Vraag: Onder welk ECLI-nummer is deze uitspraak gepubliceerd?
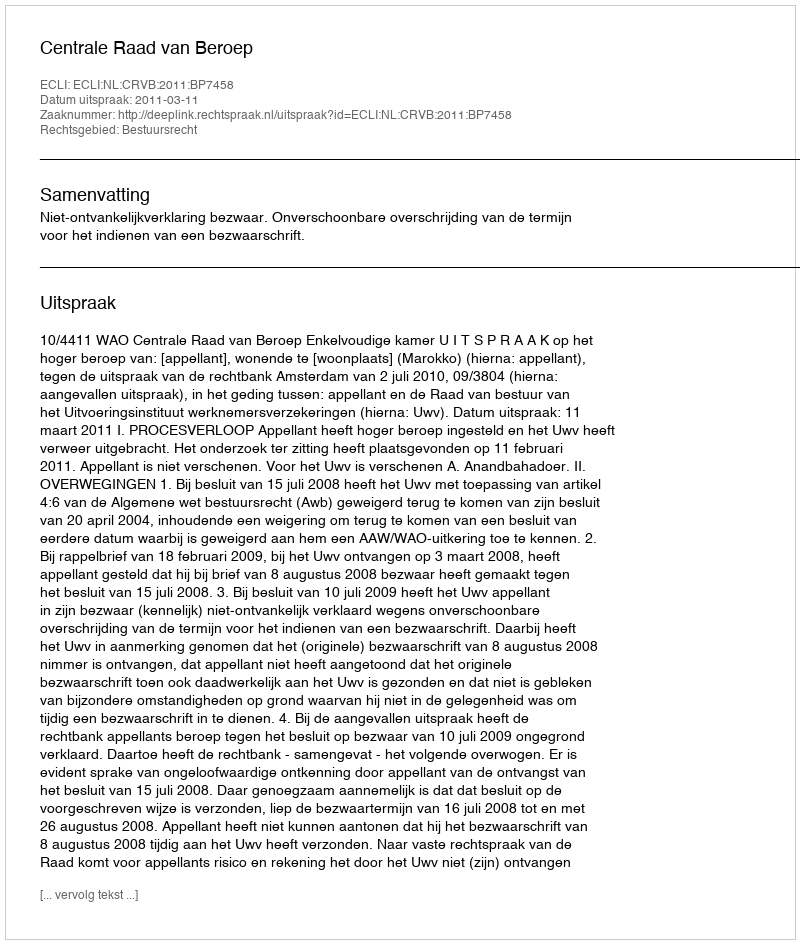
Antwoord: ECLI:NL:CRVB:2011:BP7458